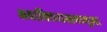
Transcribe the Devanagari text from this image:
अवाक्छिरास्तथाभूत्वा